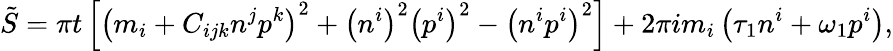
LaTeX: \tilde{S}=\pi t\left[\left(m_{i}+C_{ijk}n^{j}p^{k}\right)^{2}+\left(n^{i}\right)^{2}\left(p^{i}\right)^{2}-\left(n^{i}p^{i}\right)^{2}\right]+2\pi im_{i}\left(\tau_{1}n^{i}+\omega_{1}p^{i}\right),